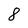
Character: 8